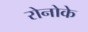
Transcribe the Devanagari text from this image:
रोनोके